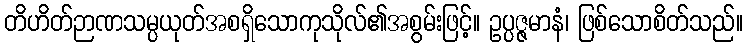
တိဟိတ်ဉာဏသမ္ပယုတ်အစရှိသောကုသိုလ်၏အစွမ်းဖြင့်။ ဥပ္ပဇ္ဇမာနံ၊ ဖြစ်သောစိတ်သည်။